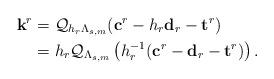
LaTeX: \begin{align*}\mathbf k^r &= \mathcal Q_{h_r\Lambda_{s,m}} (\mathbf c^r-h_r\mathbf d_r- \mathbf t^r) \\ & = h_r\mathcal Q_{\Lambda_{s,m}} \left(h_r^{-1}(\mathbf c^r-\mathbf d_r- \mathbf t^r)\right).\end{align*}